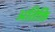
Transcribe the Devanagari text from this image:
अतिक्ति